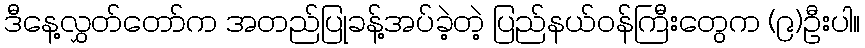
ဒီနေ့လွှတ်တော်က အတည်ပြုခန့်အပ်ခဲ့တဲ့ ပြည်နယ်ဝန်ကြီးတွေက (၉)ဦးပါ။